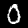
Label: 0